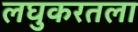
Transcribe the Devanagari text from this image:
लघुकरतला